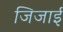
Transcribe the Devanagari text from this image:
जिजाई